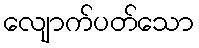
လျောက်ပတ်သော